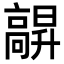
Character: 髜